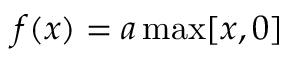
f ( x ) = a \, \mathrm { m a x } [ x , 0 ]